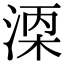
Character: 𬈇